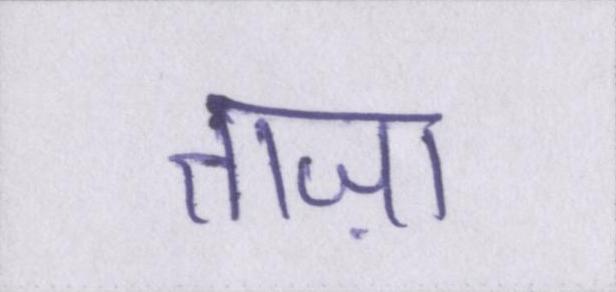
ताज़ा